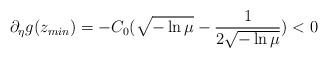
LaTeX: \begin{align*} \partial_\eta g(z_{min})=-C_0(\sqrt{-\ln \mu}-\frac{1}{2\sqrt{-\ln \mu}})<0\end{align*}